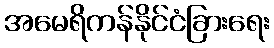
အမေရိကန်နိုင်ငံခြားရေး